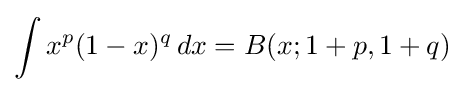
\int x^{p}(1-x)^{q}\,dx=B(x;1+p,1+q)